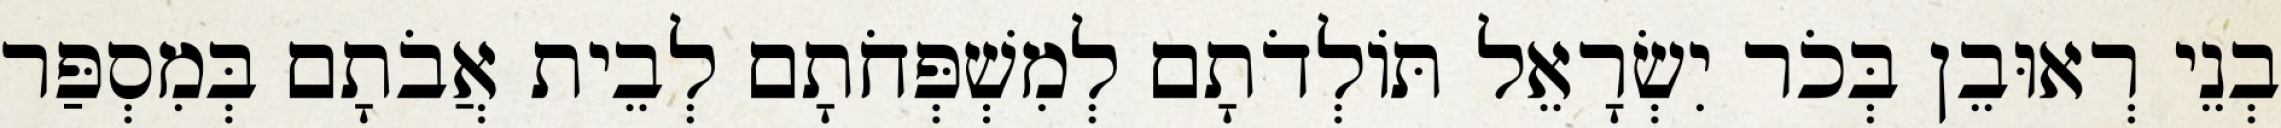
בְנֵי רְאוּבֵן בְּכֹר יִשְׂרָאֵל תּוֹלְדֹתָם לְמִשְׁפְּחֹתָם לְבֵית אֲבֹתָם בְּמִסְפַּר